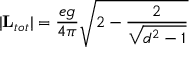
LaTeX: \vert { \bf L } _ { t o t } \vert = { \frac { e g } { 4 \pi } } \sqrt { 2 - { \frac { 2 } { \sqrt { d ^ { 2 } - 1 } } } }